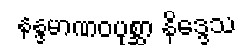
နန္ဒမာဏဝပုစ္ဆာ နိဒ္ဒေသ